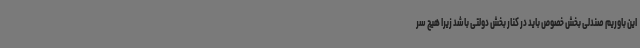
این باوریم صندلی بخش خصوص باید در کنار بخش دولتی باشد زیرا هیچ سر